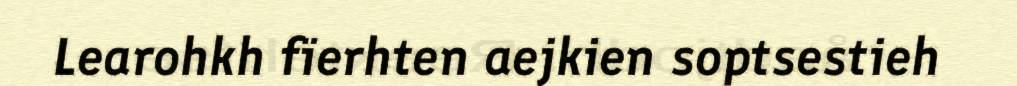
Learohkh fïerhten aejkien soptsestieh